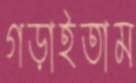
গড়াইতাম